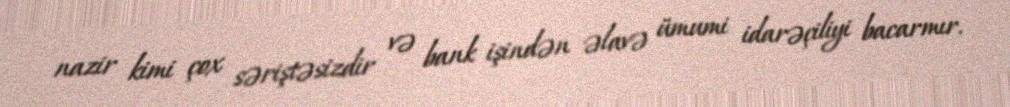
nazir kimi çox səriştəsizdir və bank işindən əlavə ümumi idarəçiliyi bacarmır.